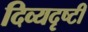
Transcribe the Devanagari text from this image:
दिव्यदृष्टी